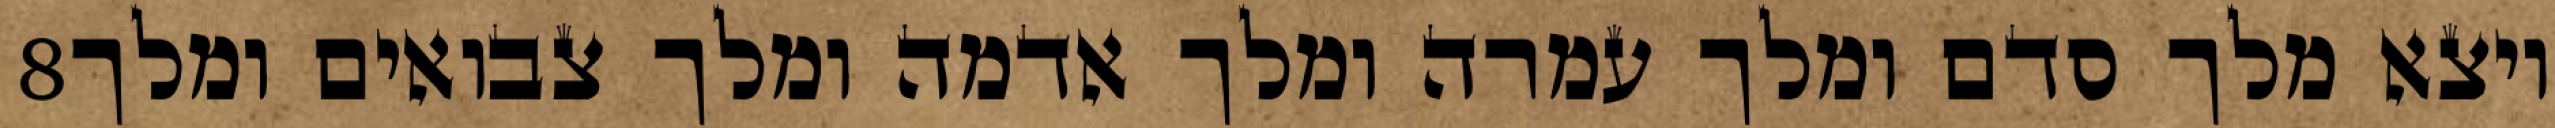
‎8‏ ויצא מלך סדם ומלך עמרה ומלך אדמה ומלך צבואים ומלך